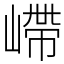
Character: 嵽